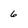
Character: 6